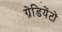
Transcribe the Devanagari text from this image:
ग्रेडियेंटों